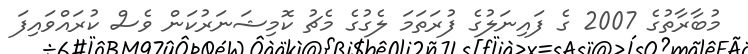
މުބާރާތުގެ 2007 ގެ ފައިނަލުގެ ފުރަތަމަ ލެގުގެ މެޗު ކޮމިޝަނަރުކަން ވެސް ކުރައްވައިފަ